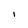
Character: I